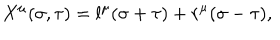
LaTeX: X ^ { \mu } ( \sigma , \tau ) = l ^ { \mu } ( \sigma + \tau ) + r ^ { \mu } ( \sigma - \tau ) ,